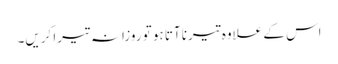
اس کے علاوہ تیرنا آتا ہو تو روزانہ تیرا کریں۔